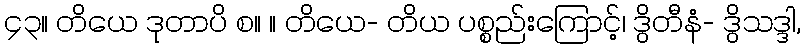
၄၃။ တိယေ ဒုတာပိ စ။ ။ တိယေ- တိယ ပစ္စည်းကြောင့်၊ ဒွိတီနံ- ဒွိသဒ္ဒါ,